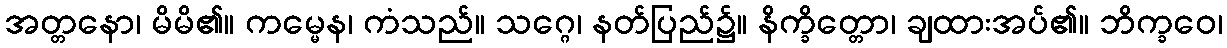
အတ္တနော၊ မိမိ၏။ ကမ္မေန၊ ကံသည်။ သဂ္ဂေ၊ နတ်ပြည်၌။ နိက္ခိတ္တော၊ ချထားအပ်၏။ ဘိက္ခဝေ၊